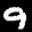
Label: 9